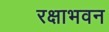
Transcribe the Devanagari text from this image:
रक्षाभवन